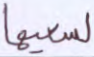
لسعيها